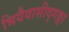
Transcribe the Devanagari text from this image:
भियैवासीद्गङ्गा